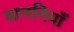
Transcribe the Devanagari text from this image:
बानगियाँ